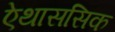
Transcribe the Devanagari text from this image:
ऐथाससिक